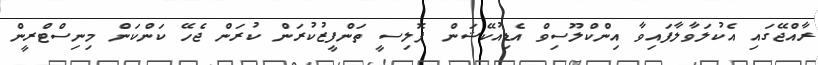
ރާއްޖޭގައި އެކުލަވާލާފައިވާ އިންކްލޫސިވް އެޑިއުކޭޝަން ޕޮލިސީ ތަންފީޒުކުރަން ކުރަން ޖެހޭ ކަންކަން މިނިސްޓްރީން